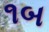
૧બ